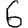
Digit: 6